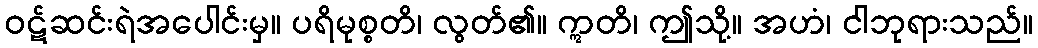
ဝဋ်ဆင်းရဲအပေါင်းမှ။ ပရိမုစ္စတိ၊ လွတ်၏။ ဣတိ၊ ဤသို့။ အဟံ၊ ငါဘုရားသည်။